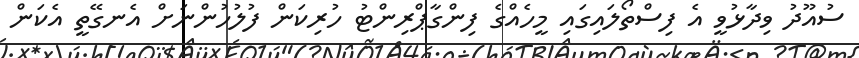
ސުއޫދު ވިދާޅުވީ އެ ފިސްތޯލައިގައި މީހެއްގެ ފިންގާޕްރިންޓު ހުރިކަން ފުލުހުންނަށް އެނގޭތީ އެކަން